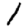
Digit: 1